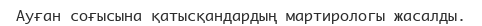
Ауған соғысына қатысқандардың мартирологы жасалды.